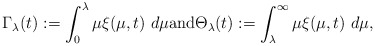
\begin{align*}\Gamma_{\lambda}(t):=\int_{0}^{\lambda}\mu\xi(\mu,t)\ d\mu \mbox{and}\Theta_{\lambda}(t):=\int_{\lambda}^{\infty}\mu\xi(\mu,t)\ d\mu,\end{align*}